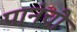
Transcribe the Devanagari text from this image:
पानंची